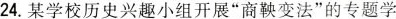
24.某学校历史兴趣小组开展”商鞅变法”的专题学